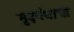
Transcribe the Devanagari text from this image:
मृदगंधाचा